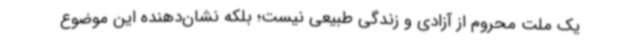
یک ملت محروم از آزادی و زندگی طبیعی نیست؛ بلکه نشان‌دهنده این موضوع